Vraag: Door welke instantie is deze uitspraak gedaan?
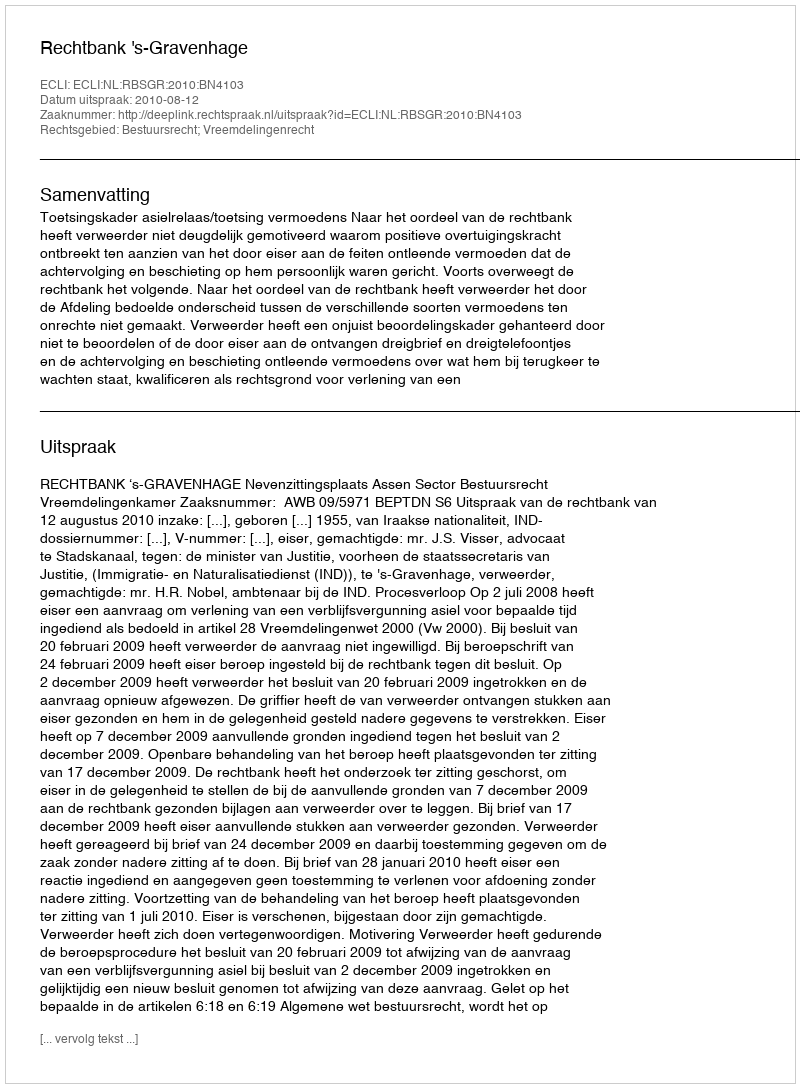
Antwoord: Rechtbank 's-Gravenhage